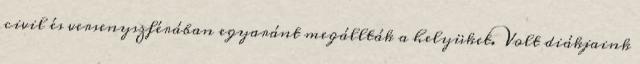
civil és versenyszférában egyaránt megállták a helyüket. Volt diákjaink